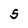
Character: 5